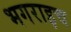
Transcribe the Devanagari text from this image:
भगराइच